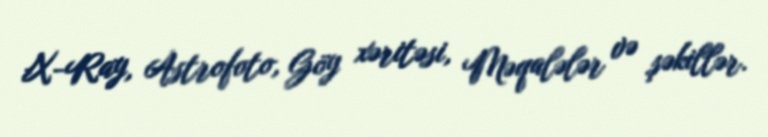
X-Ray, Astrofoto, Göy xəritəsi, Məqalələr və şəkillər.